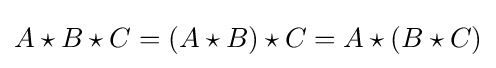
A\star B\star C=(A\star B)\star C=A\star (B\star C)